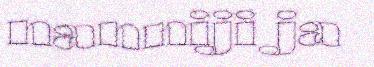
nanniji ja